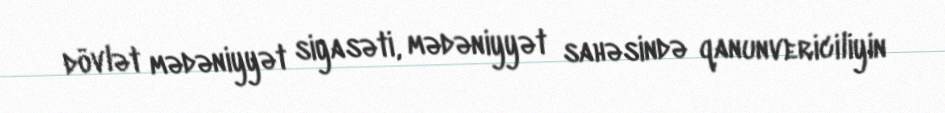
dövlət mədəniyyət siyasəti, mədəniyyət sahəsində qanunvericiliyin